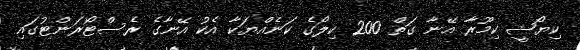
ކިޔޯޝީ ކިމޫރާ އޭނާ ގަތް 200 ކިލޯގެ ކަނެއްޔަކާ އެކު އޭނާގެ ރެސްޓޯރަންޓުގައި